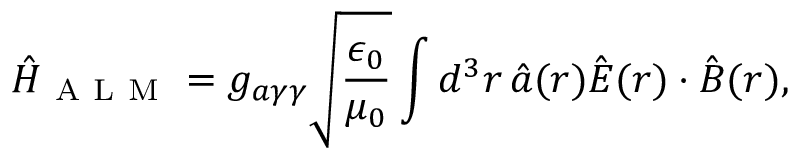
\hat { H } _ { \mathrm { ~ A ~ L ~ M ~ } } = g _ { a \gamma \gamma } \sqrt { \frac { \epsilon _ { 0 } } { \mu _ { 0 } } } \int d ^ { 3 } \boldsymbol r \, \hat { a } ( \boldsymbol r ) \hat { \boldsymbol E } ( \boldsymbol r ) \cdot \hat { \boldsymbol B } ( \boldsymbol r ) ,